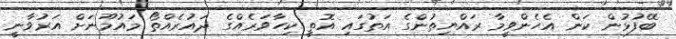
ބޭފުޅުން ކަން އެހެންވީމާ ރައްޔިތުންގެ އަތުގައި އޮތީ ކިހާވަރެއްގެ ދައުރެއްތޯ މައުމޫނަށް އަރުވާނީ